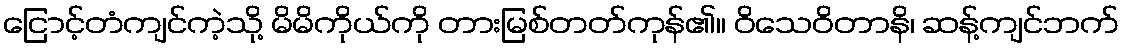
ငြောင့်တံကျင်ကဲ့သို့ မိမိကိုယ်ကို တားမြစ်တတ်ကုန်၏။ ဝိသေဝိတာနိ၊ ဆန့်ကျင်ဘက်